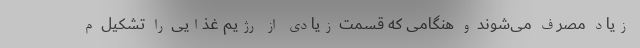
زیاد مصرف می‌شوند و هنگامی که قسمت زیادی از رژیم غذایی را تشکیل م